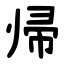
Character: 帰